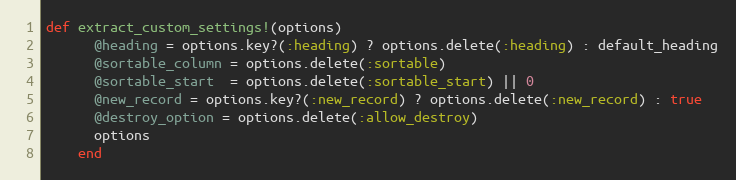
Language: Ruby
def extract_custom_settings!(options)
      @heading = options.key?(:heading) ? options.delete(:heading) : default_heading
      @sortable_column = options.delete(:sortable)
      @sortable_start  = options.delete(:sortable_start) || 0
      @new_record = options.key?(:new_record) ? options.delete(:new_record) : true
      @destroy_option = options.delete(:allow_destroy)
      options
    end